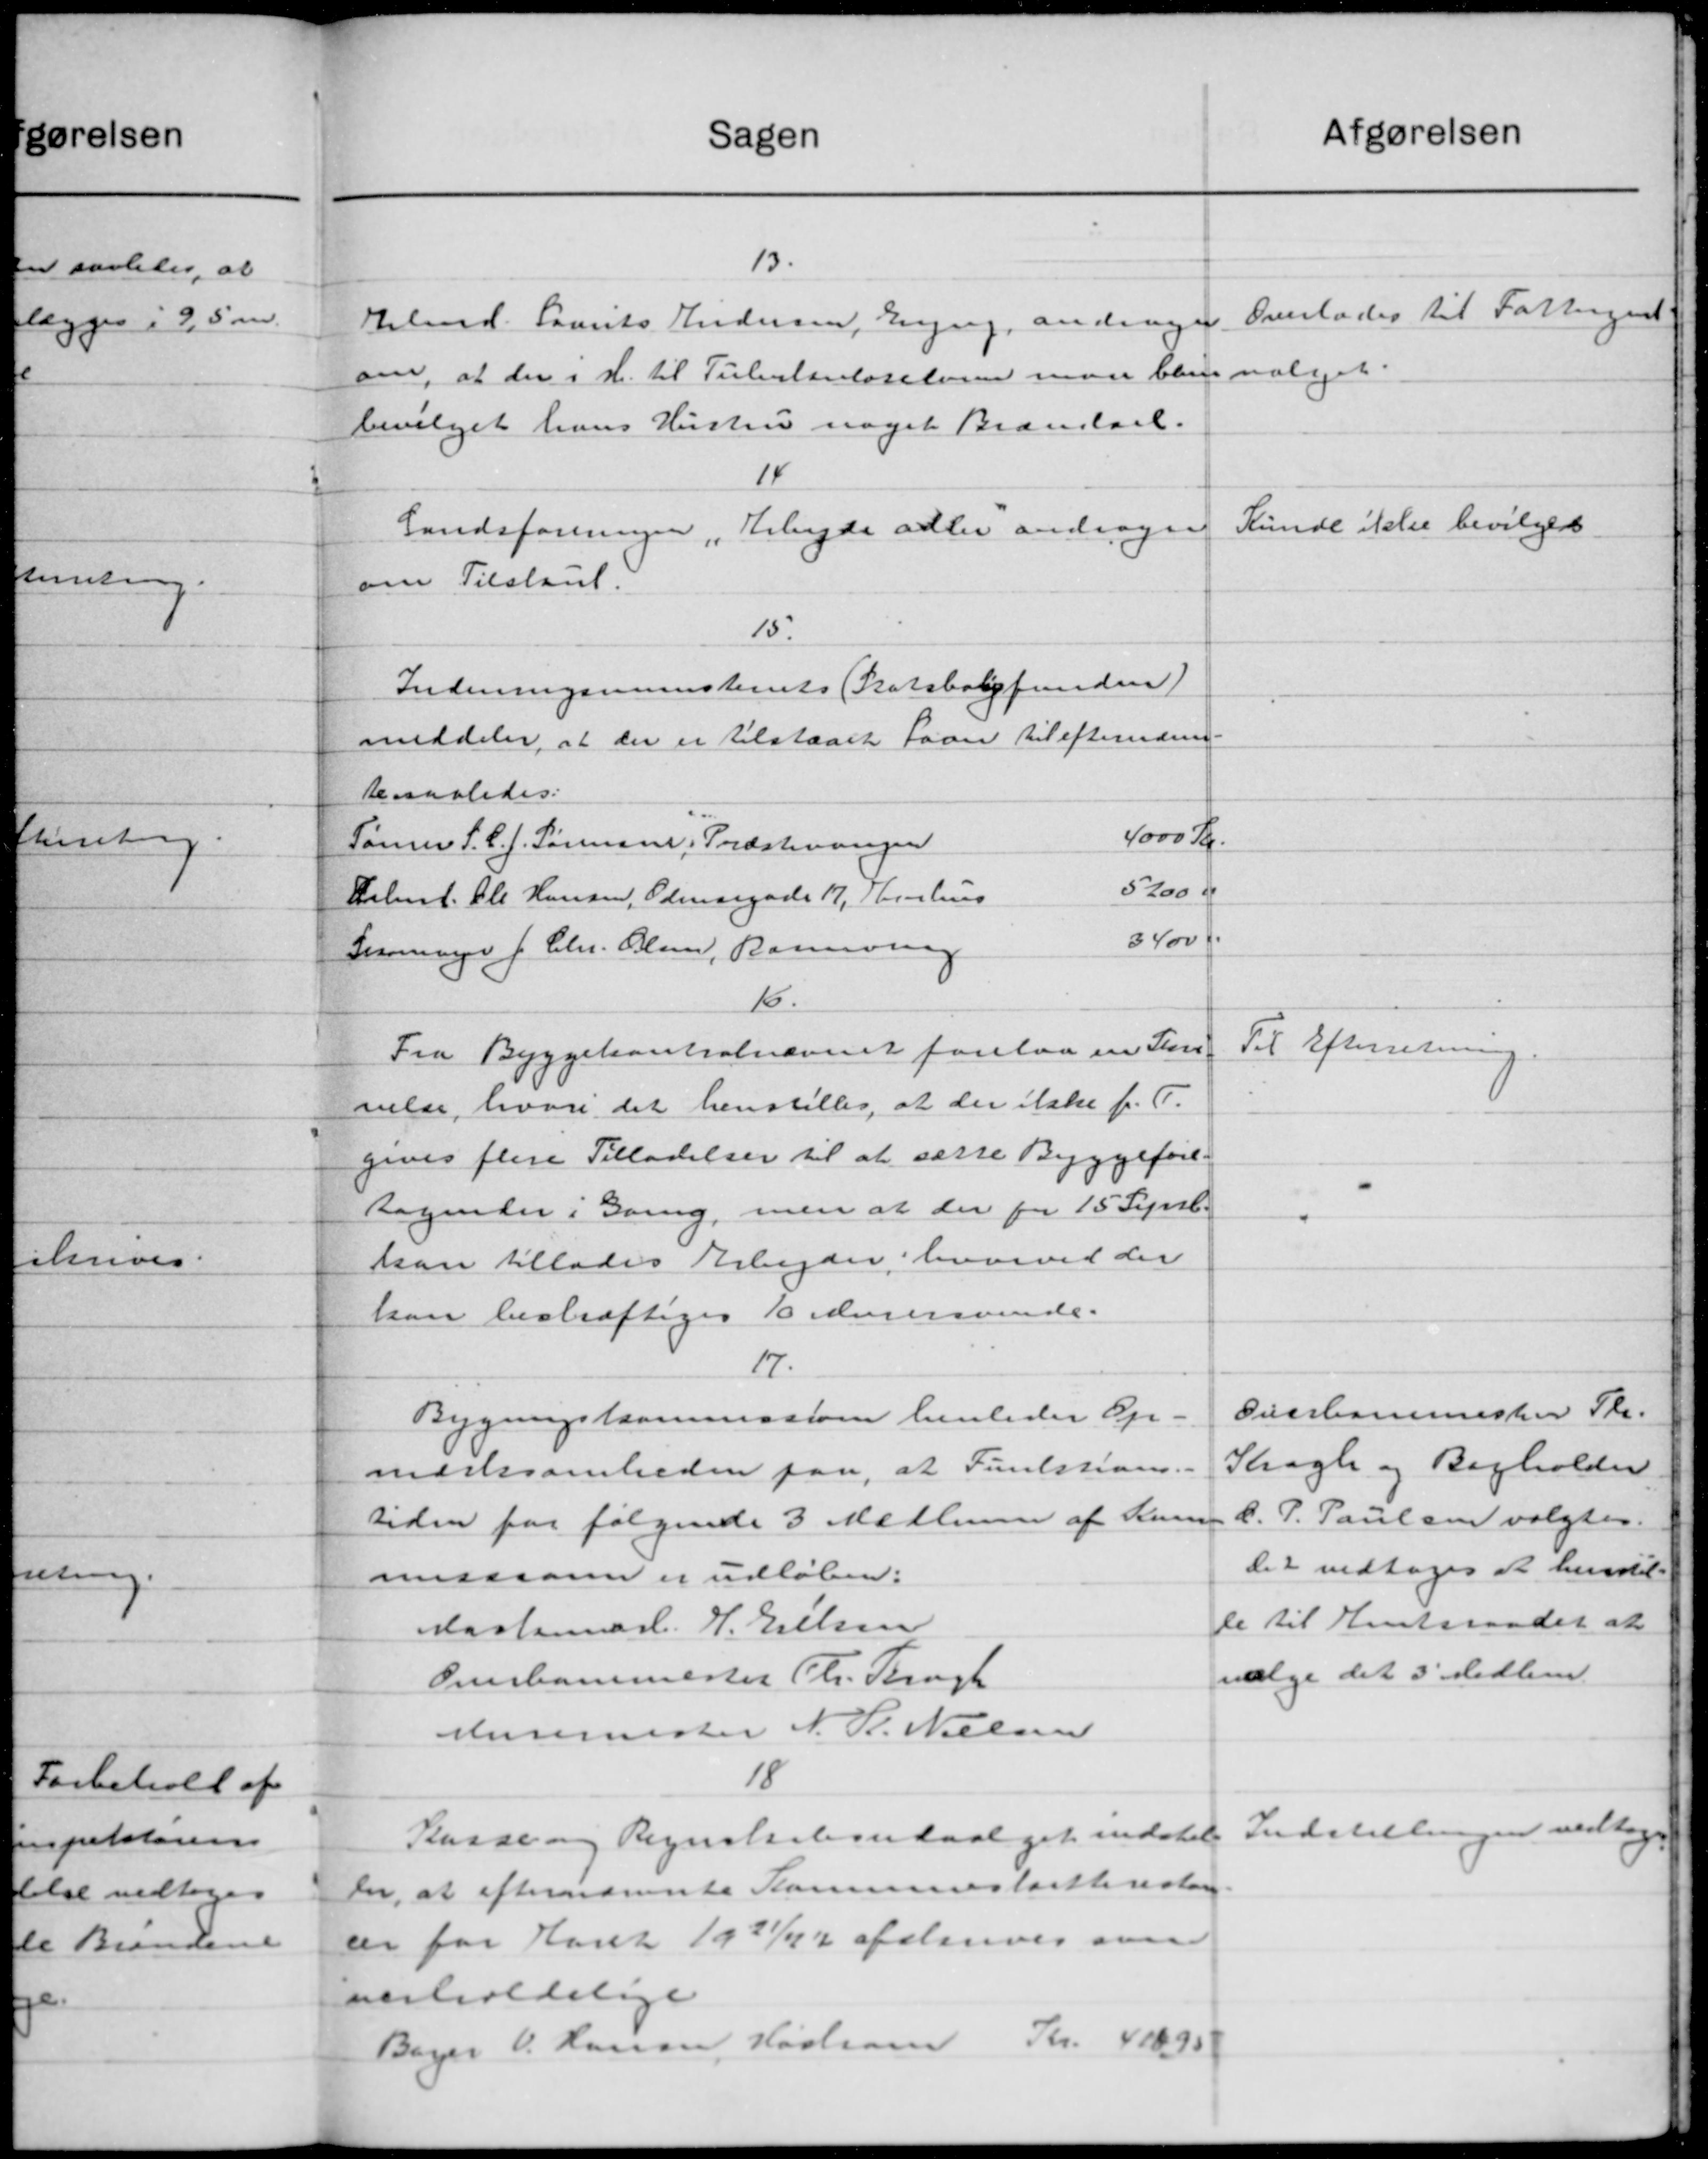
Transskription:
afgørelsen
Sagen
13.
Arbmd. Laurits Andersen, Lyng, andrager Overlades til Fattiggaaet
om, at der i H. til Tuberkuloseloven maa bliver valget.
bevilget hans Hustru noget Brændsel.
14
Kunde ikke bevilges
Landsforeningen, Arbejde adler andrager
om Tilskud.
15.
Indenrigsministeriets (Statsboligfunden)
meddeler, at der er tilstaaet Laan til efterrede
besaaledes.
4000 Kr.
Tømrer S. C. J. Sørensen, Præstevangen
5200 Kr
Delmd. Ole Hansen, Odensegade 17, Kurhus
3400 f.
Søringer f. Chr. Olsen, Raunssing
16.
Til Efterretning.
Fra Byggekontrolnævnet forelaa en Store
velse, hvori det henstilles, at der ikke f. T.
gives flere Tilladelser til at sætte Byggefore-
tagender i Gang, men at der for 15 Septb.
kan tillades Arbejder hvorved der
kan bestræftiges  Murersvende.
17.
Overbanemester Skr.
Bygningskommissionen henleder Op-
Kragte og Bogholder.
medssomheden paa, at Funktions.
C. P. Paulsen valgtes.
tiden for følgende 3 Medlemer af Kom-
Det vedtoges at henstil-
missionen er udløben:
le til Amtsraadet at
Mastenmark. V. Nielsen
vælge det 3 Medlem
Overbanemester Th. Brugh
Auremester N. K. Nielsen
18
Indstillingen vedtoges
Kasse og Regnskabsudvalget indstil
for, at efternævnte Kommuneskatterestan
der for Aaret 1921/22 afslerves over
verholdelige
Bager V. Hansen, Hastram Kr. 41095